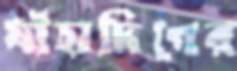
যাঁহাদিগের